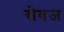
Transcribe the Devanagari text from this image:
सेवज